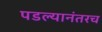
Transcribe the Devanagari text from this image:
पडल्यानंतरच